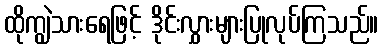
ထိုကျွဲသားရေဖြင့် ဒိုင်းလွှားများပြုလုပ်ကြသည်။